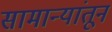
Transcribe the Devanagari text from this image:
सामान्यांतून